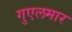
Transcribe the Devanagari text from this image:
गुएलमार